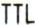
TTL